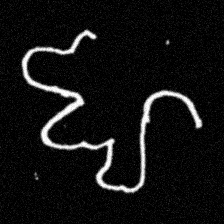
Pyu character \u2014 Myanmar letter: ဈ (romanized: jha)